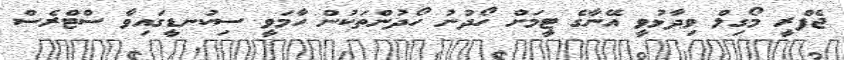
ޖެފްރީ މޯގިލް ވިދާޅުވީ އޭނާގެ ޓީމަށް ހޯދުނު ހޯދުންތަކުން ހާމަވީ ސިކުނޑީގައިވާ ސްޓްރެސް